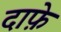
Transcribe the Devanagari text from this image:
दाफ़े